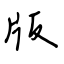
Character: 版